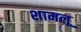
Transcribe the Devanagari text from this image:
शामलू